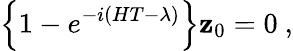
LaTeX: \left\{ 1-e^{-i\left(HT-\lambda\right)}\right\} {\mathbf z}_{0}=0\ ,